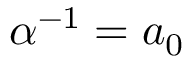
\alpha ^ { - 1 } = a _ { 0 }